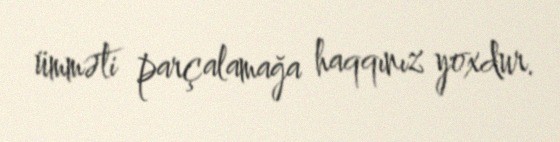
ümməti parçalamağa haqqınız yoxdur.